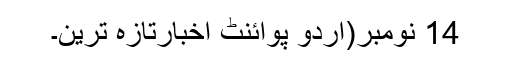
14 نومبر(اُردو پوائنٹ اخبارتازہ ترین۔